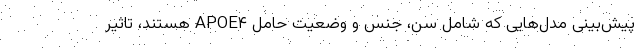
پیش‌بینی مدل‌هایی که شامل سن، جنس و وضعیت حامل APOE۴ هستند، تاثیر